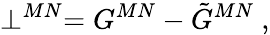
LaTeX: \perp^{MN}=G^{MN}-\tilde{G}^{MN}~,